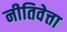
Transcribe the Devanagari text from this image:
नीतिवेत्ता